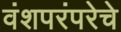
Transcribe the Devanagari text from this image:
वंशपरंपरेचे